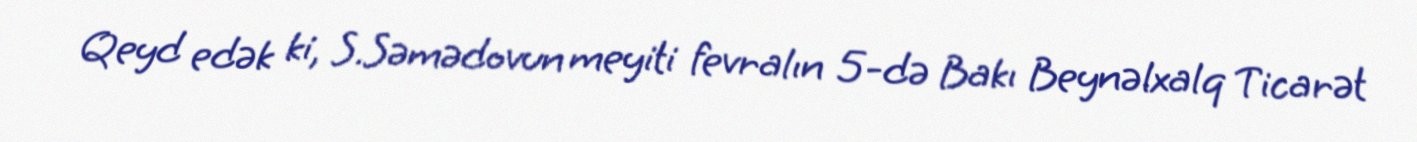
Qeyd edək ki, S.Səmədovun meyiti fevralın 5-də Bakı Beynəlxalq Ticarət